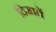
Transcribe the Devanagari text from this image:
दिखतें